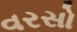
વરસો